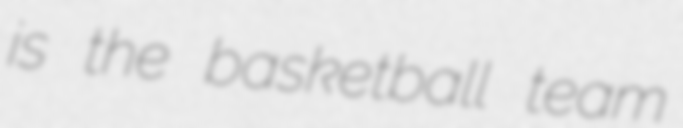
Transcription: is the basketball team